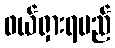
ဖယ်ရှားရမည်